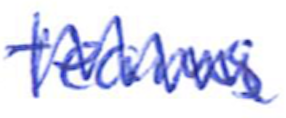
Text: teams
Cross-out: zig-zag
Writing tool: ballpoint